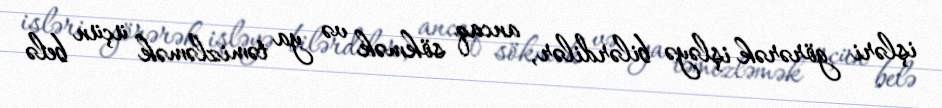
işləri görərək işləyə bilərdilər, ancaq sökmək və ya təmizləmək üçün belə